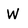
Character: W